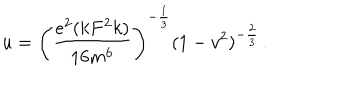
u = \left( \frac { e ^ { 2 } ( k F ^ { 2 } k ) } { 1 6 m ^ { 6 } } \right) ^ { - \frac { 1 } { 3 } } ( 1 - v ^ { 2 } ) ^ { - \frac { 2 } { 3 } } \, .